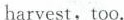
harvest,too.